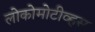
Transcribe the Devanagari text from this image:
लोकोमोटीव्हस